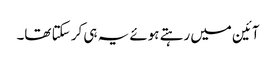
آئین میں رہتے ہوئے یہ ہی کر سکتا تھا۔